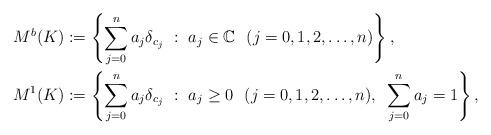
LaTeX: \begin{align*}M^b(K) &:= \left\{\sum_{j = 0}^n a_j\delta_{c_j}~:~a_j \in \mathbb{C}~~(j = 0, 1, 2, \dots, n)\right\}, \\M^1(K) &:= \left\{\sum_{j = 0}^n a_j\delta_{c_j}~:~a_j \geq 0 ~~(j = 0,1, 2, \dots, n), ~\sum_{j=0}^n a_j = 1\right\}, \end{align*}